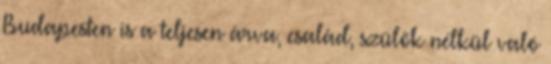
Budapesten is a teljesen árva, család, szülők nélkül való